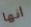
انها